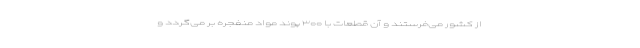
از کشور می‌فرستند و آن قطعات با ۳۰۰ پوند مواد منفجره بر می‌گردد و